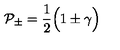
{ \cal P _ { \pm } } = { \frac { 1 } { 2 } } \Bigl ( 1 \pm \gamma \Bigr )